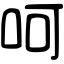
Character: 呵